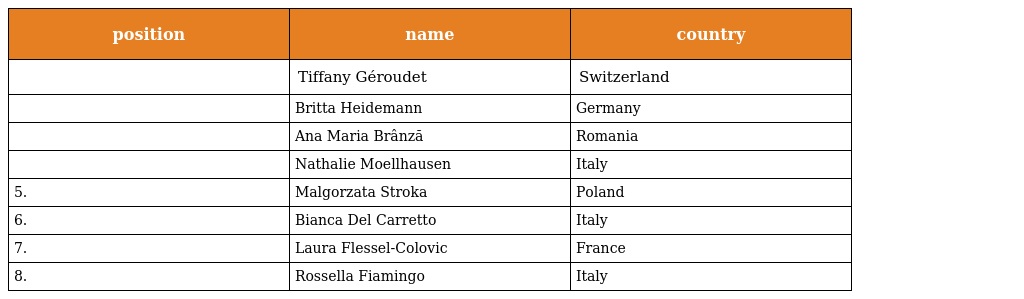
| position | name | country |
 | --- | --- | --- |
 |  | Tiffany Géroudet | Switzerland |
 |  | Britta Heidemann | Germany |
 |  | Ana Maria Brânză | Romania |
 |  | Nathalie Moellhausen | Italy |
 | 5. | Malgorzata Stroka | Poland |
 | 6. | Bianca Del Carretto | Italy |
 | 7. | Laura Flessel-Colovic | France |
 | 8. | Rossella Fiamingo | Italy |